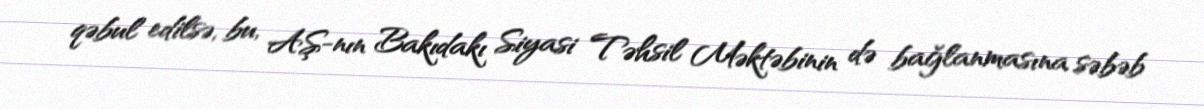
qəbul edilsə, bu, AŞ-nın Bakıdakı Siyasi Təhsil Məktəbinin də bağlanmasına səbəb